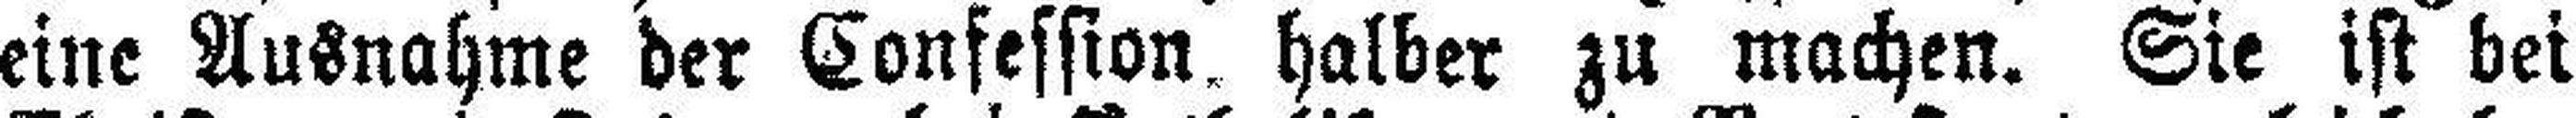
eine Ausnahme der Confession halber zu machen. Sie ist bei